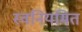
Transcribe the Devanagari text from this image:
स्वनियमित